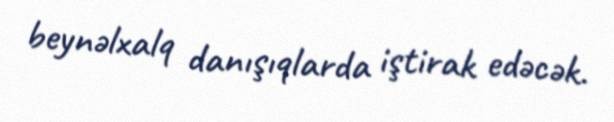
beynəlxalq danışıqlarda iştirak edəcək.